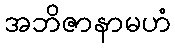
အဘိဇာနာမဟံ